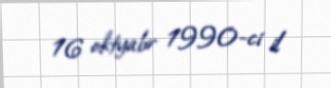
16 oktyabr 1990-ci il